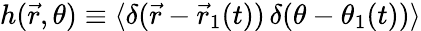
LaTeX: h(\vec{r},\theta)\equiv\langle\delta(\vec{r}-\vec{r}_{1}(t))\, \delta(\theta-\theta_{1}(t))\rangle